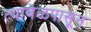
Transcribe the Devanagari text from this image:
त्यावेळपासून